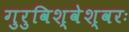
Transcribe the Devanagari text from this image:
गुरुविश्वेश्वरः